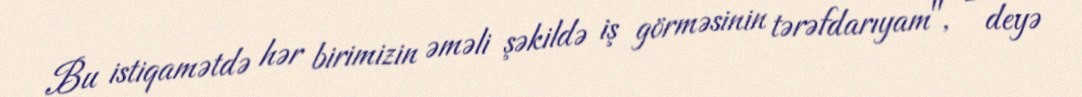
Bu istiqamətdə hər birimizin əməli şəkildə iş görməsinin tərəfdarıyam", - deyə